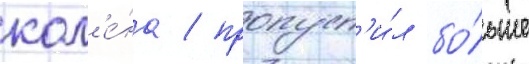
кол'е́на / пропуст'и́л бо́льше